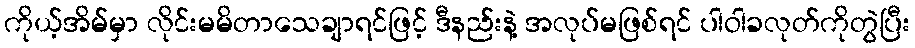
ကိုယ့်အိမ်မှာ လိုင်းမမိတာသေချာရင်ဖြင့် ဒီနည်းနဲ့ အလုပ်မဖြစ်ရင် ပါဝါခလုတ်ကိုတွဲပြီး